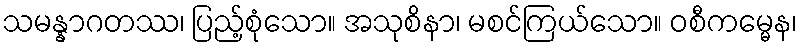
သမန္နာဂတဿ၊ ပြည့်စုံသော။ အသုစိနာ၊ မစင်ကြယ်သော။ ဝစီကမ္မေန၊